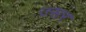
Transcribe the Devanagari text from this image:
ज्सर